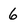
Character: 6